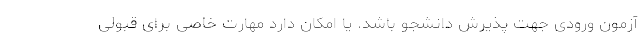
آزمون ورودی جهت پذیرش دانشجو باشد. یا امکان دارد مهارت خاصی برای قبولی